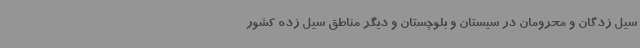
سیل زدگان و محرومان در سیستان و بلوچستان و دیگر مناطق سیل زده کشور